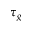
\tau _ { g }